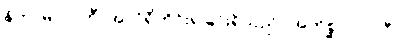
နိကာမလာဘီ၊ အလိုရှိတိုင်းရခြင်းရှိသည်။ အကိစ္ဆာလာလီ၊